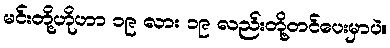
မင်းတို့ဟိုဟာ ၁၉ လား ၁၉ လည်းတို့တင်ပေးမှာပဲ။